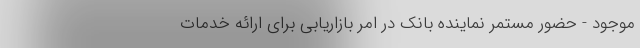
موجود - حضور مستمر نماینده بانک در امر بازاریابی برای ارائه خدمات